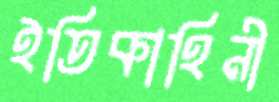
ইতিকাহিনী